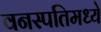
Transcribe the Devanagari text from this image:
वनस्पतिमध्ये